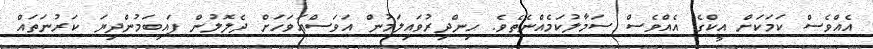
އެއްވެސް ކަމަކަށް އީކްގެ އެއްވެސް ސަމާލުކަމެއްނެތެވެ. ހިންދިރުވައިލަމުން އަވަސްއަވަހަށް ދެލޮލުން ފައިބަމުންދިޔަ ކަރުނަތައް